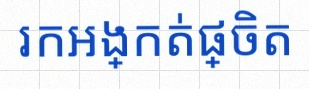
រកអង្កត់ផ្ចិត